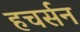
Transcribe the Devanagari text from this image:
हचर्सन